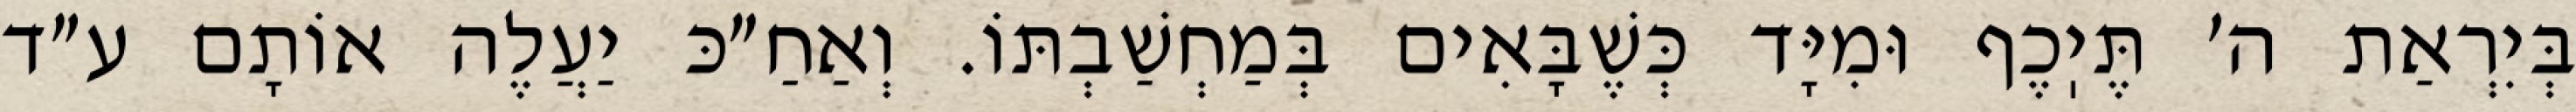
בְּיִרְאַת ה׳ תֶּיֽכֶף וּמִיָּד כְּשֶׁבָּאִים בְּמַחְשַׁבְתּוֹ. וְאַחַ״כּ יַעֲלֶה אוֹתָם ע״ד